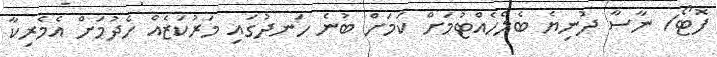
ފޮޓޯ/ ނާސާ ދުނިޔެ ބެލެހެއްޓުމަށް ކަމަށް ބުނެ ހަނދުގައި މަރުކަޒެއް ހެދުމަށް އެމެރިކާ